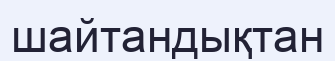
шайтандықтан